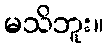
မသိဘူး။